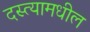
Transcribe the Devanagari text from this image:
दस्त्यामधील